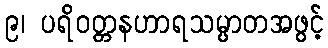
၉၊ ပရိဝတ္တနဟာရသမ္ပာတအဖွင့်